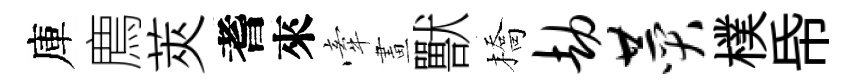
庫廌莢耆來牽畫獸橋劫赞樸帋